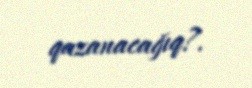
qazanacağıq?.